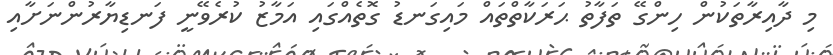
މި ދާއިރާތަކުން ހިންގޭ ތަފާތު ޙަރަކާތްތައް މައިގަނޑު ގޮތެއްގައި އަމާޒު ކުރެވޭނީ ފަނޑިޔާރުންނަށާއި